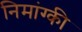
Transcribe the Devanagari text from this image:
निमांग्की